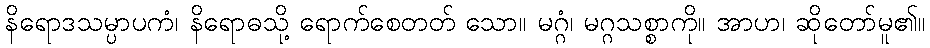
နိရောဒသမ္ပာပကံ၊ နိရောဓသို့ ရောက်စေတတ် သော။ မဂ္ဂံ၊ မဂ္ဂသစ္စာကို။ အာဟ၊ ဆိုတော်မူ၏။